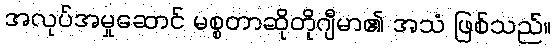
အလုပ်အမှုဆောင် မစ္စတာဆိုတိုဂျီမာ၏ အသံ ဖြစ်သည်။